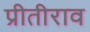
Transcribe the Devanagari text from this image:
प्रीतीराव